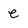
Character: e